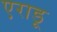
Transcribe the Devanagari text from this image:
एराडू